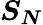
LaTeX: \boldsymbol{S_{N}}